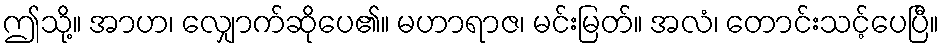
ဤသို့။ အာဟ၊ လျှောက်ဆိုပေ၏။ မဟာရာဇ၊ မင်းမြတ်။ အလံ၊ တောင်းသင့်ပေပြီ။